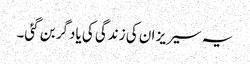
یہ سیریز ان کی زندگی کی یادگر بن گئی۔